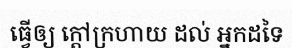
ធ្វើឲ្យ ក្តៅក្រហាយ ដល់ អ្នកដទៃ